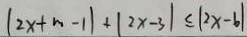
\vert 2 x + m - 1 \vert + \vert 2 x - 3 \vert \leq \vert 2 x - 6 \vert